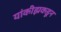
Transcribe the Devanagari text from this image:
यांकीझकडून